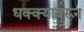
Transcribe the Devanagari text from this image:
धक्क्यावरून